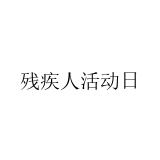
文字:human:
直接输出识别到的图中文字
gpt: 残疾人活动日